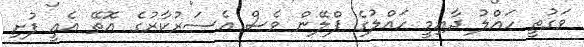
ވަގުތީ ހައްލު ދާއިމީ ހައްލުގެ ޕްލޭން ވެސް އެސަރުކާރުގެ އޮތޭ އެއީ ފުށި